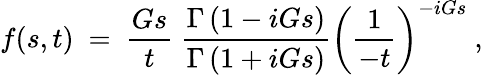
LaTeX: f(s,t)~=~\frac{Gs}{t}~\frac{\Gamma\left(1-iGs\right)}{\Gamma\left(1+iGs\right)}\left(\frac{1}{-t}\right)^{-iGs}~,